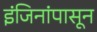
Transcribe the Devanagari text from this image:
इंजिनांपासून